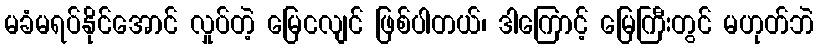
မခံမရပ်နိုင်အောင် လှုပ်တဲ့ မြေငလျင် ဖြစ်ပါတယ်၊ ဒါကြောင့် မြေကြီးတွင် မဟုတ်ဘဲ